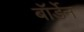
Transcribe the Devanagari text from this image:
बॉर्डेन